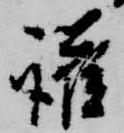
護